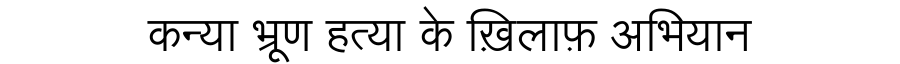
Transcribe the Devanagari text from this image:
कन्या भ्रूण हत्या के ख़िलाफ़ अभियान